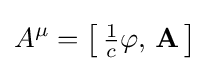
A^{\mu }=\left[\,{\tfrac {1}{c}}\varphi ,\,\mathbf {A} \,\right]